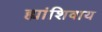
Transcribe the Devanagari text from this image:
ह्यांशिवाय